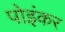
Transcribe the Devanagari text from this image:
पोइंकर